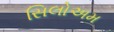
સિલોઅમ